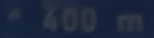
*400m